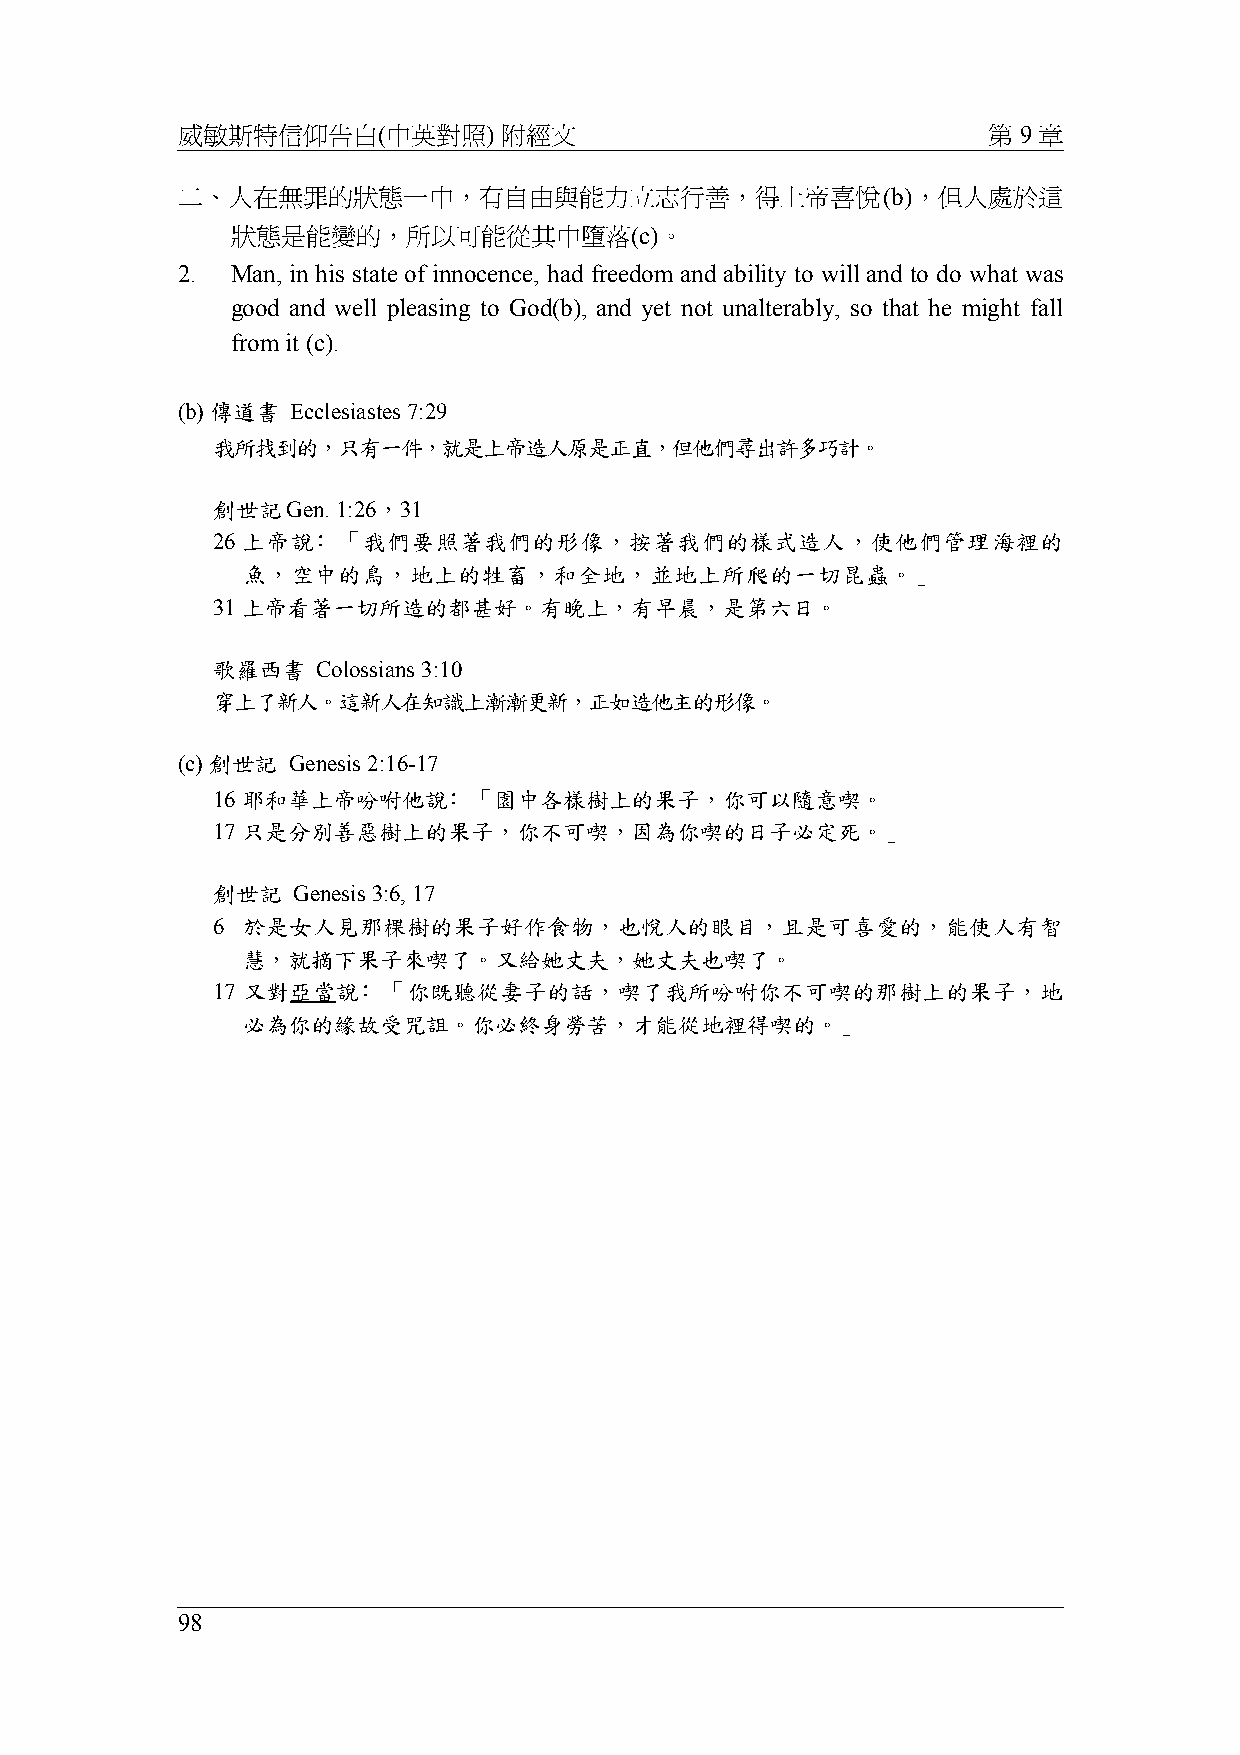
威敏斯特信仰告白(中英對照)       附經文                             第 9 章
 二、人在無罪的狀態一中，有自由與能力立志行善，得上帝喜悅(b)，但人處於這
 狀態是能變的，所以可能從其中墮落(c)。
 2. Man, in his state of innocence, had freedom and ability to will and to do what was
 good and well pleasing to God(b), and yet not unalterably, so that he might fall
 from it (c).
 (b) 傳道書 Ecclesiastes 7:29
 我所找到的，只有一件，就是上帝造人原是正直，但他們尋出許多巧計。
 創世記Gen. 1:26，31
 26 上帝說﹕「我們要照著我們的形像，按著我們的樣式造人，使他們管理海裡的
 魚，空中的鳥，地上的牲畜，和全地，並地上所爬的一切昆蟲。」
 31 上帝看著一切所造的都甚好。有晚上，有早晨，是第六日。
 歌羅西書   Colossians 3:10
 穿上了新人。這新人在知識上漸漸更新，正如造他主的形像。
 (c) 創世記 Genesis 2:16-17
 16 耶和華上帝吩咐他說﹕「園中各樣樹上的果子，你可以隨意喫。
 17 只是分別善惡樹上的果子，你不可喫，因為你喫的日子必定死。」
 創世記  Genesis 3:6, 17
 6 於是女人見那棵樹的果子好作食物，也悅人的眼目，且是可喜愛的，能使人有智
 慧，就摘下果子來喫了。又給她丈夫，她丈夫也喫了。
 17 又對亞當說﹕「你既聽從妻子的話，喫了我所吩咐你不可喫的那樹上的果子，地
 必為你的緣故受咒詛。你必終身勞苦，才能從地裡得喫的。」
 98